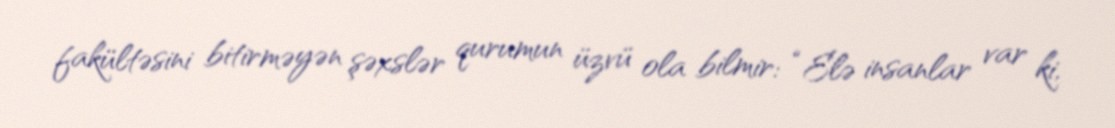
fakültəsini bitirməyən şəxslər qurumun üzvü ola bilmir: “Elə insanlar var ki,